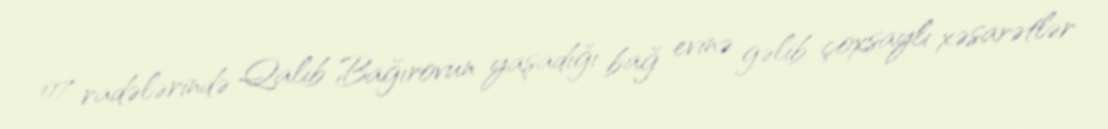
07 radələrində Qalib Bağırovun yaşadığı bağ evinə gəlib çoxsaylı xəsarətlər